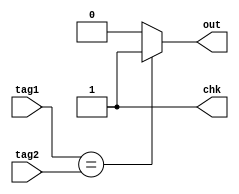
/*
Computer Architecture Lab 3 - 15-01-2018
	Assignment : Direct Mapped Cache
					Byte addressable Cache with direct mapping to the Memory
					Physical Address of 32 bits (2^32 Bytes) in Main Memory
									Width	x	Depth
					Memory Size	: 2^8 Byte	x	2^24 Lines
					Cache Size	: 2^8 Byte	x	2^8 Cache Blocks
					Cache to Memory Mapping Ratio : 1 : 2^16

	Module : 16b Comparator for tag
		-- Eshita Arza	(COE15B013)
		-- Akshay Kumar	(CED15I031)
*/

module comparator(tag1, tag2, out, chk);

	input [15:0]tag1;
	input [15:0]tag2;
	output reg out;
	output reg chk;

	always@ *
	begin
		if(tag1 == tag2)
			out = 1'b1;
		else
			out = 1'b0;
		chk = 1'b1;
	end

endmodule // comparator